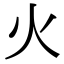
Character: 火